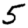
Digit: 5